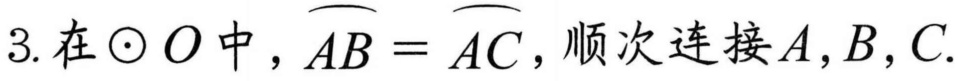
3. 在 \(\odot O\) 中，\(\overset{\frown}{AB}=\overset{\frown}{AC}\)，顺次连接 \(A,B,C\).